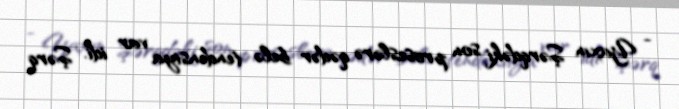
- Yaxın Şərqdəki son proseslərə qədər belə tendensiya var idi. Şərq